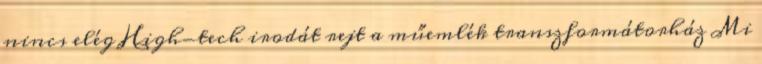
nincs elég High-tech irodát rejt a műemlék transzformátorház Mi